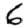
Digit: 6